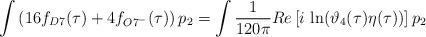
LaTeX: \begin{align*}\int \left(16f_{D7}(\tau)+4f_{O7^{-}}(\tau)\right)p_2=\int \frac{1}{120\pi}Re \left[i\, \ln(\vartheta_4(\tau)\eta(\tau)) \right]p_2\end{align*}